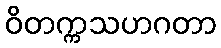
ဝိတက္ကသဟဂတာ